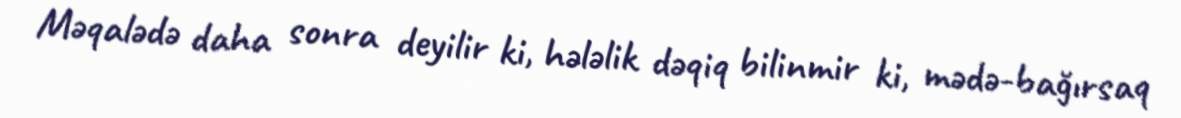
Məqalədə daha sonra deyilir ki, hələlik dəqiq bilinmir ki, mədə-bağırsaq